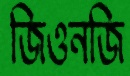
জিওনজি